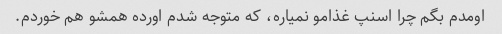
اومدم بگم چرا اسنپ غذامو نمیاره، که متوجه شدم اورده همشو هم خوردم.